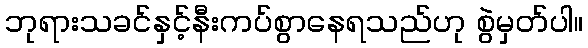
ဘုရားသခင်နှင့်နီးကပ်စွာနေရသည်ဟု စွဲမှတ်ပါ။